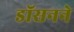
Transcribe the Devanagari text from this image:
डॉसनने